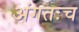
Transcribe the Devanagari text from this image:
अंगतःच